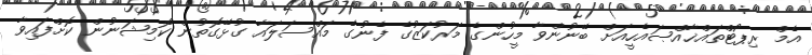
އެމް ރިޕޯޓްތައްޚާއްޞައެހީއަށް ބޭނުންވާ މީހުންގެ މަރުކަޒުގެ ފެނުގެ މައްސަލައާ ގުޅޭގޮތުން ކޮމިޝަނުން ކޮށްފައިވާ